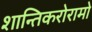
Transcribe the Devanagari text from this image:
शान्तिकरोरामो